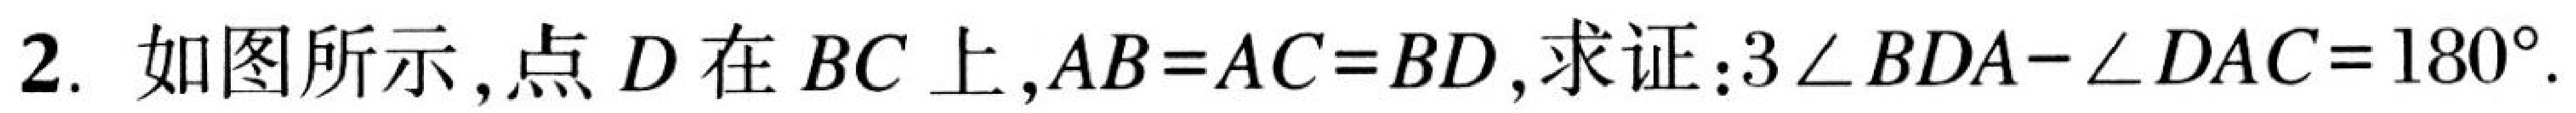
2. 如图所示,点\(D\)在\(BC\)上,\(AB = AC = BD\),求证:\(3\angle BDA-\angle DAC = 180^{\circ}\).